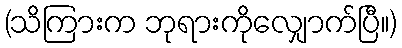
(သိကြားက ဘုရားကိုလျှောက်ပြီ။)